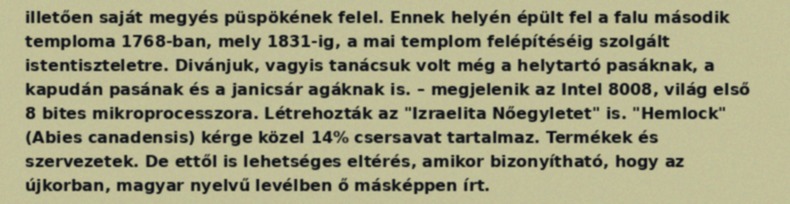
illetően saját megyés püspökének felel. Ennek helyén épült fel a falu második temploma 1768-ban, mely 1831-ig, a mai templom felépítéséig szolgált istentiszteletre. Divánjuk, vagyis tanácsuk volt még a helytartó pasáknak, a kapudán pasának és a janicsár agáknak is. – megjelenik az Intel 8008, világ első 8 bites mikroprocesszora. Létrehozták az "Izraelita Nőegyletet" is. "Hemlock" (Abies canadensis) kérge közel 14% csersavat tartalmaz. Termékek és szervezetek. De ettől is lehetséges eltérés, amikor bizonyítható, hogy az újkorban, magyar nyelvű levélben ő másképpen írt.